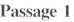
Passage 1